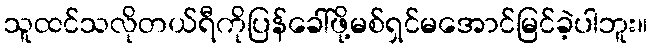
သူထင်သလိုတယ်ရီကိုပြန်ခေါ်ဖို့မစ်ရှင်မအောင်မြင်ခဲ့ပါဘူး။